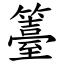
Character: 籉